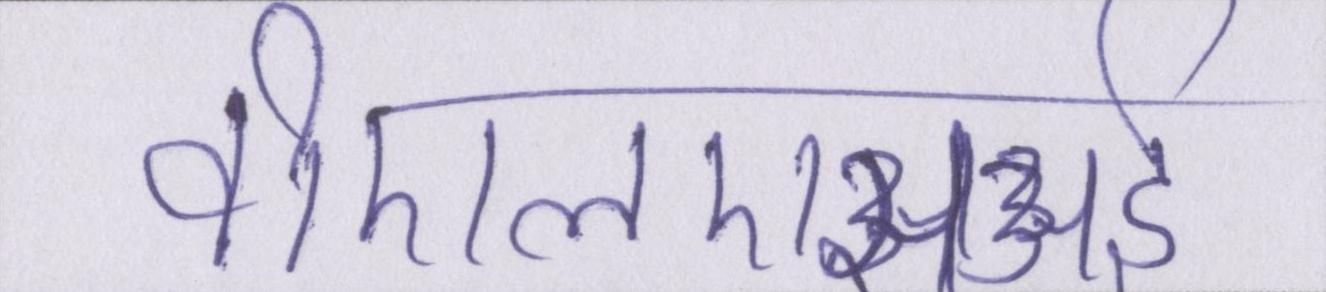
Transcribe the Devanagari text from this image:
वीएलएसआई